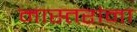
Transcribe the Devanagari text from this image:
मास्तरांना